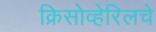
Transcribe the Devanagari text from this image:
क्रिसोव्हेरिलचे